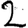
Digit: 2